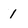
Character: 1